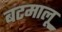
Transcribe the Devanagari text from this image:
बटमालू